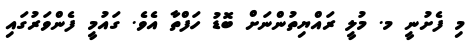
މި ފެށުނީ މ. މުލީ ރައްޔިތުންނަށް ބޮޑު ހަފްތާ އެވެ. ގައުމީ ފެންވަރުގައި